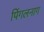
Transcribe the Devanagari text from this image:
पिंगलनाग